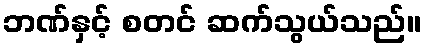
ဘဏ်နှင့် စတင် ဆက်သွယ်သည်။